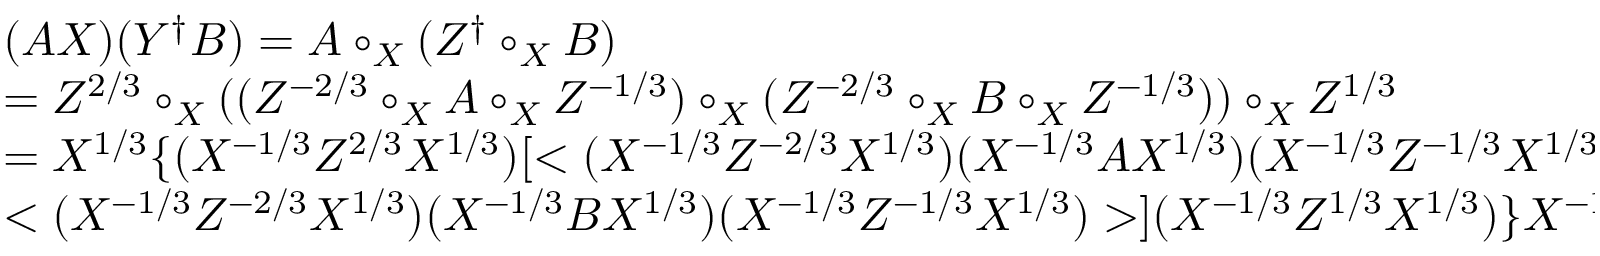
\begin{array} { l } { { ( A X ) ( Y ^ { \dagger } B ) = A \circ _ { X } ( Z ^ { \dagger } \circ _ { X } B ) } } \\ { { = Z ^ { 2 / 3 } \circ _ { X } ( ( Z ^ { - 2 / 3 } \circ _ { X } A \circ _ { X } Z ^ { - 1 / 3 } ) \circ _ { X } ( Z ^ { - 2 / 3 } \circ _ { X } B \circ _ { X } Z ^ { - 1 / 3 } ) ) \circ _ { X } Z ^ { 1 / 3 } } } \\ { { = X ^ { 1 / 3 } \{ ( X ^ { - 1 / 3 } Z ^ { 2 / 3 } X ^ { 1 / 3 } ) [ < ( X ^ { - 1 / 3 } Z ^ { - 2 / 3 } X ^ { 1 / 3 } ) ( X ^ { - 1 / 3 } A X ^ { 1 / 3 } ) ( X ^ { - 1 / 3 } Z ^ { - 1 / 3 } X ^ { 1 / 3 } ) > \bullet } } \\ { { < ( X ^ { - 1 / 3 } Z ^ { - 2 / 3 } X ^ { 1 / 3 } ) ( X ^ { - 1 / 3 } B X ^ { 1 / 3 } ) ( X ^ { - 1 / 3 } Z ^ { - 1 / 3 } X ^ { 1 / 3 } ) > ] ( X ^ { - 1 / 3 } Z ^ { 1 / 3 } X ^ { 1 / 3 } ) \} X ^ { - 1 / 3 } , } } \end{array}